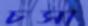
চসা